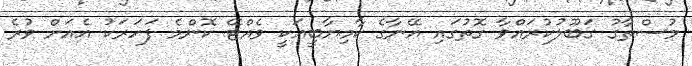
މުސްތާގު ގަބޫލުކުރައްވާ ގޮތުގައި އޭނާގެ ކާމިޔާބީއަކީ ވެއްޓޭ ކޮންމެ ފަހަރަކު އެއަށް ވުރެ